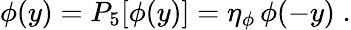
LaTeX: \phi(y)=P_{5}[\phi(y)]=\eta_{\phi}\, \phi(-y)\; .